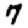
Digit: 7